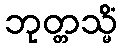
ဘုတ္တသ္မိံ